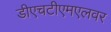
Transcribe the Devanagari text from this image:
डीएचटीएमएलवर